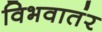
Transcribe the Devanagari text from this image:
विभवातंर